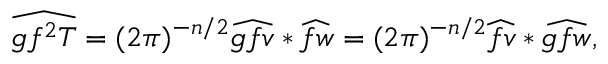
\widehat { g f ^ { 2 } T } = ( 2 \pi ) ^ { - n / 2 } \widehat { g f v } * \widehat { f w } = ( 2 \pi ) ^ { - n / 2 } \widehat { f v } * \widehat { g f w } ,